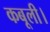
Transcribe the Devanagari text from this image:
कबूली।